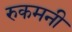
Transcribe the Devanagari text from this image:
रुकमनी